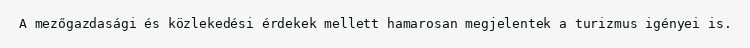
A mezőgazdasági és közlekedési érdekek mellett hamarosan megjelentek a turizmus igényei is.